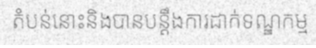
តំបន់នោះនិងបានបន្តឹងការដាក់ទណ្ឌកម្ម